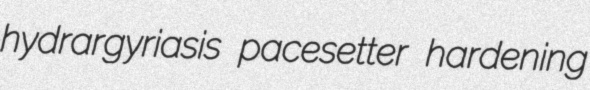
hydrargyriasis pacesetter hardening